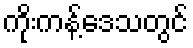
ကိုးကန့်ဒေသတွင်